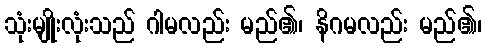
သုံးမျိုးလုံးသည် ဂါမလည်း မည်၏၊ နိဂမလည်း မည်၏၊